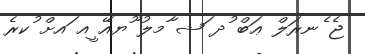
ޖެ ެނރަލް ޢަބް ުދ ަޝ ާމލު ޫޔއޭ ީއ ައށް ުކރެ